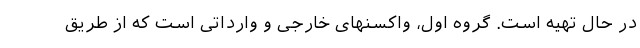
در حال تهیه است. گروه اول، واکسنهای خارجی و وارداتی است که از طریق